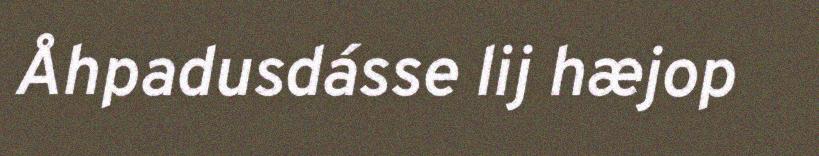
Åhpadusdásse lij hæjop